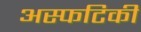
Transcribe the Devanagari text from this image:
अस्फटिकी